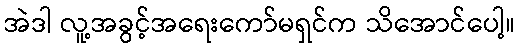
အဲဒါ လူ့အခွင့်အရေးကော်မရှင်က သိအောင်ပေါ့။